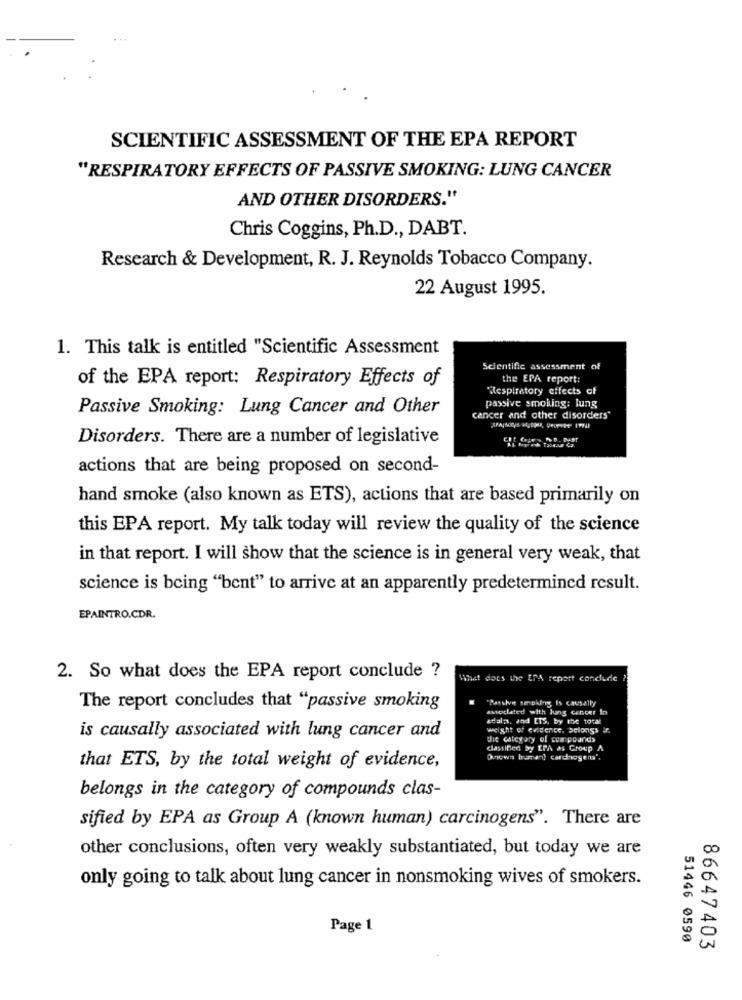
SCIENTIFIC ASSESSMENT OF THE EPA REPORT
"RESPIRATORY EFFECTS OF PASSIVE SMOKING: LUNG CANCER
AND OTHER DISORDERS."
Chris Coggins, Ph.D ., DABT.
Research & Development, R. J. Reynolds Tobacco Company.
22 August 1995.
1. This talk is entitled "Scientific Assessment
Scientific assessment of
of the EPA report: Respiratory Effects of
the EPA report:
Respiratory effects of
Passive Smoking: Lung Cancer and Other
passive smoking: lung
cancer and other disorders'
Disorders. There are a number of legislative
actions that are being proposed on second-
hand smoke (also known as ETS), actions that are based primarily on
this EPA report. My talk today will review the quality of the science
in that report. I will show that the science is in general very weak, that
science is being "bent" to arrive at an apparently predetermined result.
EPAINTRO.CDR.
2. So what does the EPA report conclude ?
What does the ETA report conclude ?
"Passive seeing Is causally
The report concludes that "passive smoking
associated with lung cancer In
adala, and ETS, by the total
weight of evidence. Delongs if
is causally associated with lung cancer and
die category of cum poand>
classified by EPA as Group A
that ETS, by the total weight of evidence,
belongs in the category of compounds clas-
sified by EPA as Group A (known human) carcinogens". There are
other conclusions, often very weakly substantiated, but today we are
only going to talk about lung cancer in nonsmoking wives of smokers.
Page 1
51446 0590
86647403